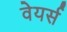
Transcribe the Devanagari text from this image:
वेयर्स